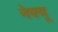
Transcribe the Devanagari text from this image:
नेफ्यू